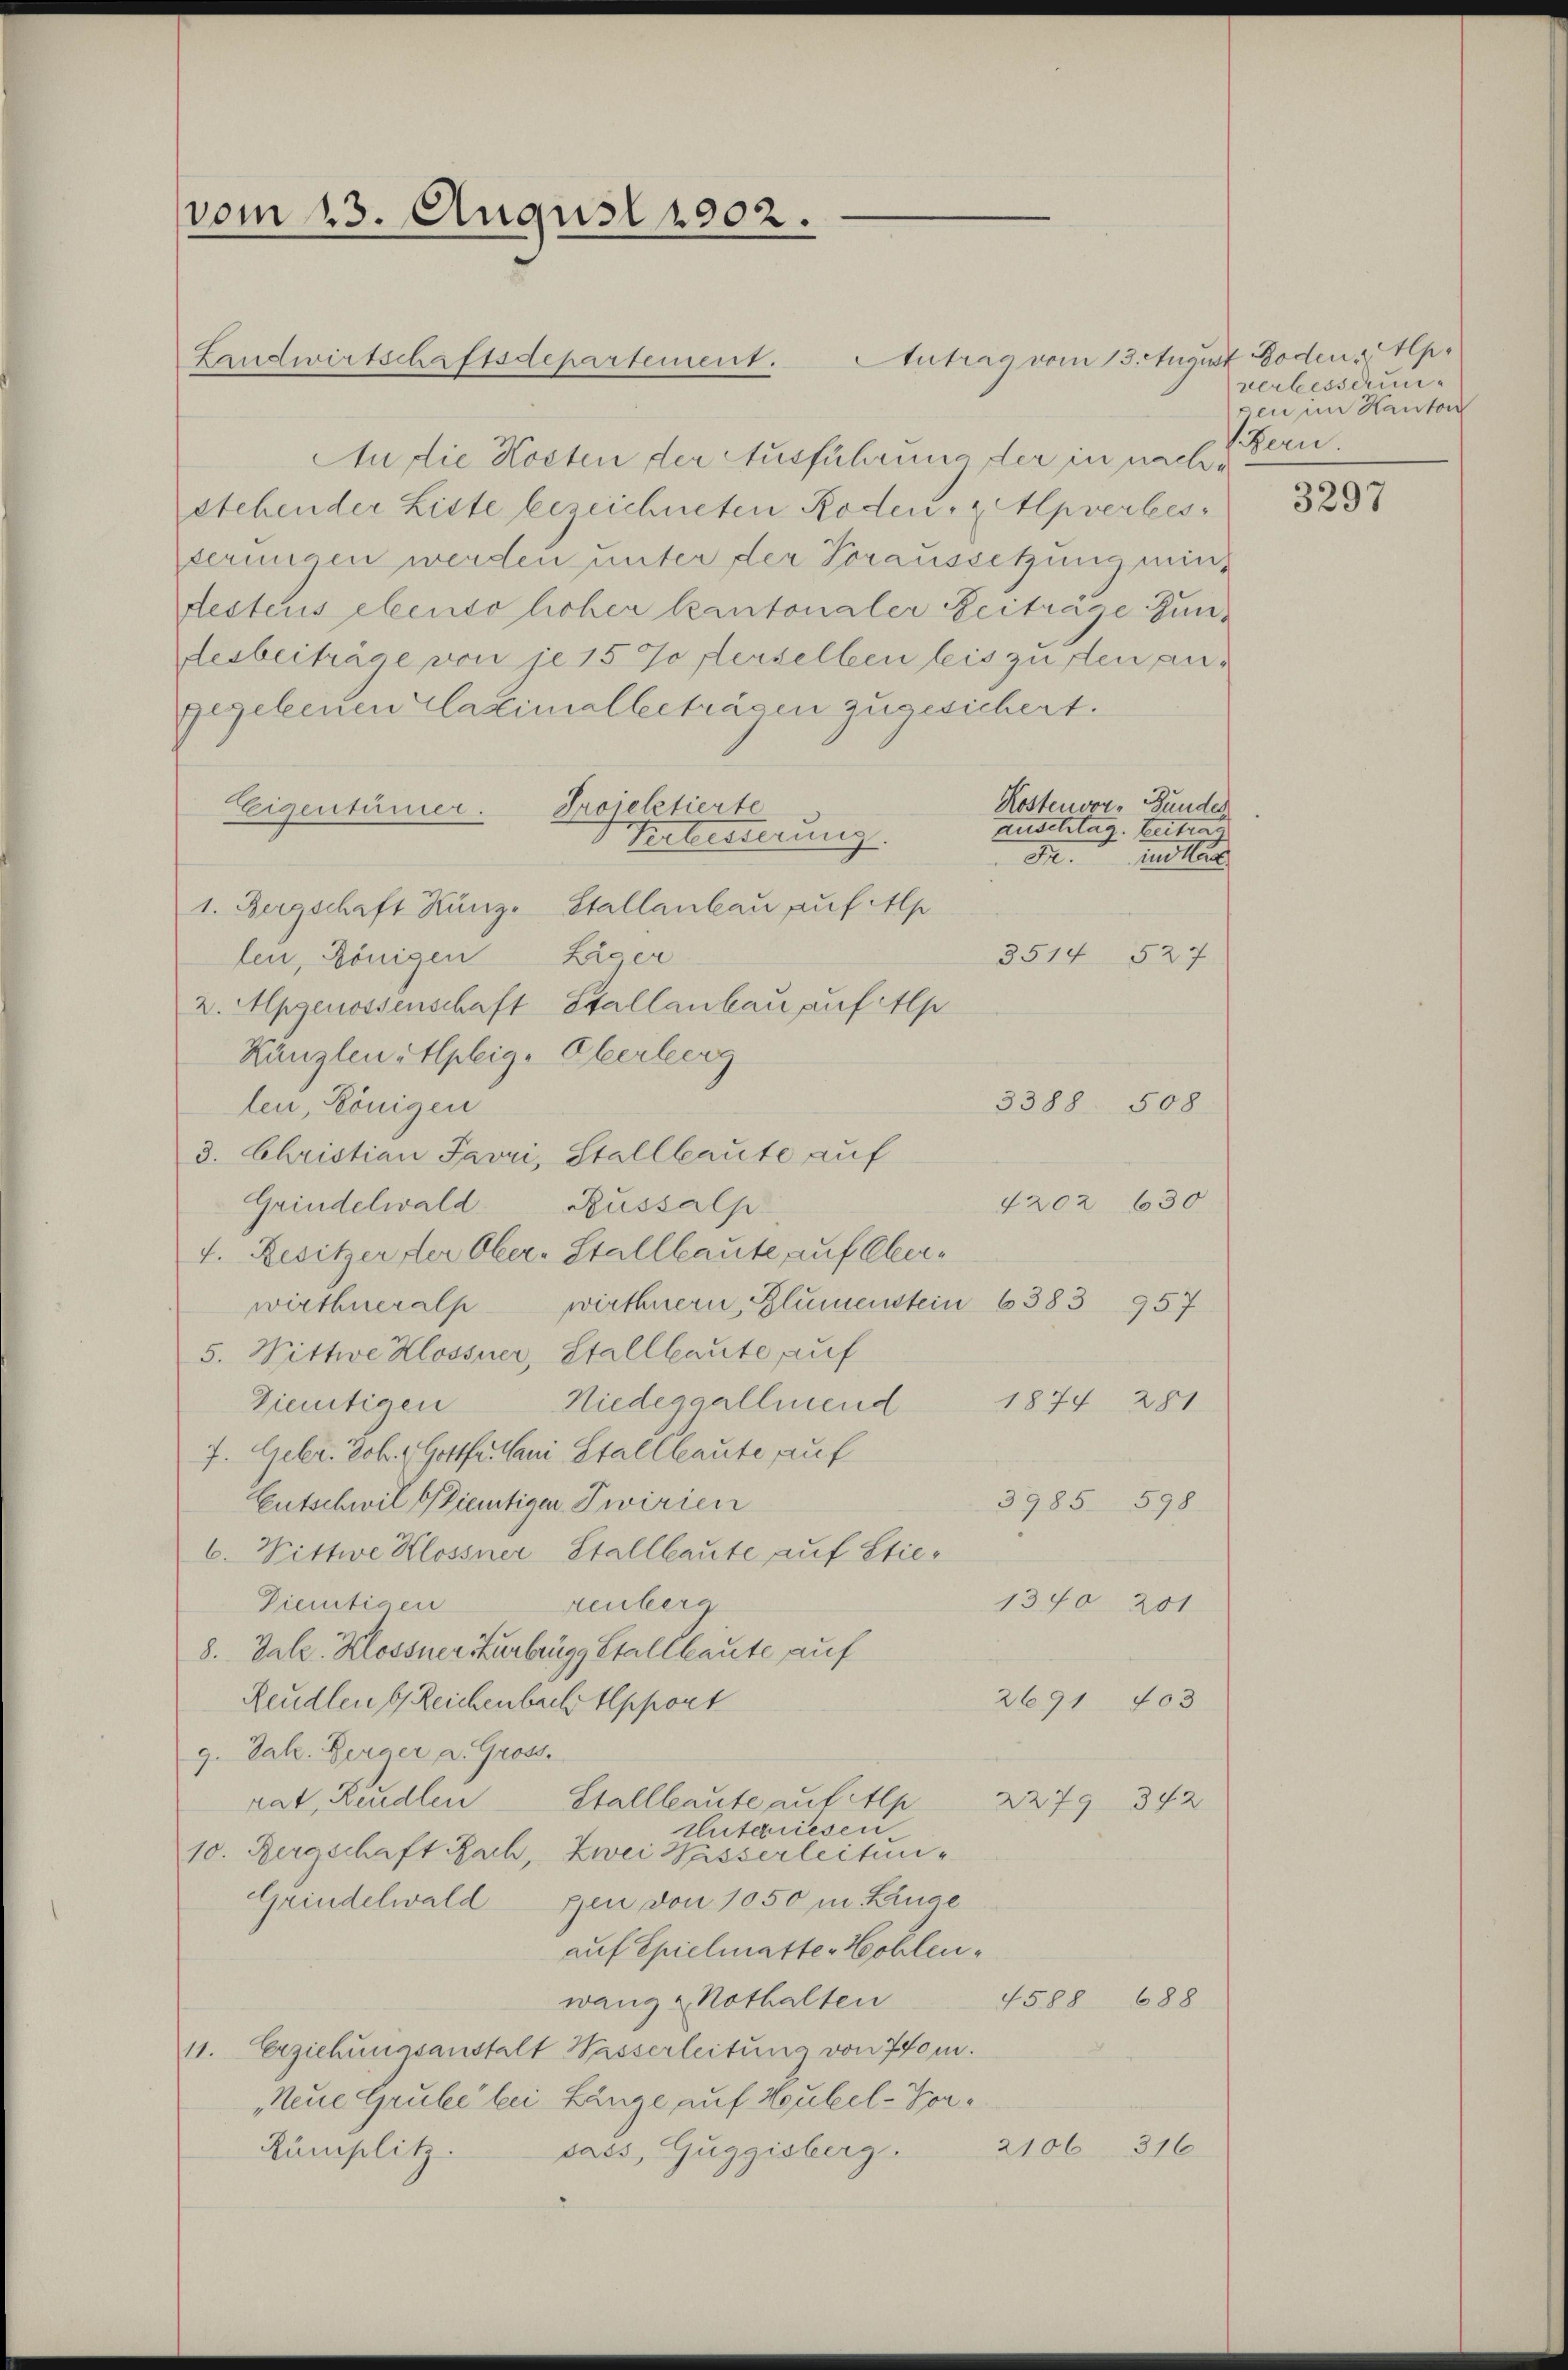
vom 13. August 1902.
Landwirtschaftsdepartement.

An die Kosten der Ausführung der in nachstehender Liste bezeichneten Roden-Alpverbesserungen werden unter der Voraussetzung min-
desteris ebenso hoher Kantonaler Zeiträge Gundesbeiträge von je 15 Joflerselben leis zu den angegebenen Casimalbeträgen zugesichert.
Kostenvor- Bundes
Projektierte
Eigentümer.
Verbinderung.
Dr. Mutter
1. Bergschaft Künz. Stallanbau auf Ap
Läger
3514 527.
len, Königen
2. Apgenossenschaft Stallanbau auf Alp
Kanzlen itlplig-Oberberg
len, Königen
3. Christian Favri, Stallbaute auf
Grindelwald
4202 630
Russalp
4. Besitzer der Ober-Stallbaute auf Oberwirthneralpwirthnern, Blumenstein 6383 957
5. Wittwe Klossner, Stallbaute auf
Niedeggallmend 1874. 281
Vietigen
7. Gebr. Joh. Gottfr. An Stallbaute auf
3985 598.
Entschwil bietiger Zwirien
6. Wittwe Klossner Stallbaute auf Stie¬
Dienstigen
reubera
1340 201
8. Vale. Klossner Zurbrugg Stall laute auf
2691 403
Reudlen u Reichenbach Apport
g. Jak. Berner a. Gross.
rat, Kudlen Stallleaute auf Alp
2279 342
Unterriesen.
10. Bergschaft Rach, zwei Wasserleitun¬
Grindelwald gen von 1050 m. Lange
auf Epielmatte Hohlenwang & Nothalten
4588 688
11. Erziehungsanstalt Wasserleitung von 740 m.
Neue Grube bei Länge auf Heubel-Hor¬
2106 316
Kümplitz. sass, Guggisberg.

Antrag vom 13. August Boden p.

3388. 508

auschtag. Beitrag

verbesserunzen im Kanton
Fern

3297